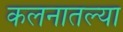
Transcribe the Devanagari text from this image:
कलनातल्या